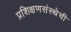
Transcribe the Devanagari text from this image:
प्रशिक्षणसंस्थेची